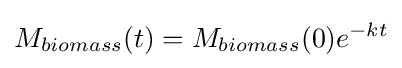
M_{biomass}(t)=M_{biomass}(0)e^{-kt}